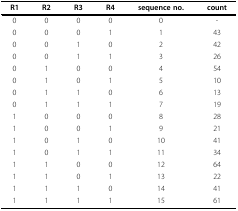
<table><thead><tr><td><b>R1</b></td><td><b>R2</b></td><td><b>R3</b></td><td><b>R4</b></td><td><b>sequence no.</b></td><td><b>count</b></td></tr></thead><tbody><tr><td>0</td><td>0</td><td>0</td><td>0</td><td>0</td><td>-</td></tr><tr><td>0</td><td>0</td><td>0</td><td>1</td><td>1</td><td>43</td></tr><tr><td>0</td><td>0</td><td>1</td><td>0</td><td>2</td><td>42</td></tr><tr><td>0</td><td>0</td><td>1</td><td>1</td><td>3</td><td>26</td></tr><tr><td>0</td><td>1</td><td>0</td><td>0</td><td>4</td><td>54</td></tr><tr><td>0</td><td>1</td><td>0</td><td>1</td><td>5</td><td>10</td></tr><tr><td>0</td><td>1</td><td>1</td><td>0</td><td>6</td><td>13</td></tr><tr><td>0</td><td>1</td><td>1</td><td>1</td><td>7</td><td>19</td></tr><tr><td>1</td><td>0</td><td>0</td><td>0</td><td>8</td><td>28</td></tr><tr><td>1</td><td>0</td><td>0</td><td>1</td><td>9</td><td>21</td></tr><tr><td>1</td><td>0</td><td>1</td><td>0</td><td>10</td><td>41</td></tr><tr><td>1</td><td>0</td><td>1</td><td>1</td><td>11</td><td>34</td></tr><tr><td>1</td><td>1</td><td>0</td><td>0</td><td>12</td><td>64</td></tr><tr><td>1</td><td>1</td><td>0</td><td>1</td><td>13</td><td>22</td></tr><tr><td>1</td><td>1</td><td>1</td><td>0</td><td>14</td><td>41</td></tr><tr><td>1</td><td>1</td><td>1</td><td>1</td><td>15</td><td>61</td></tr></tbody></table>